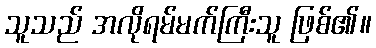
သူသည် အလိုရမ်မက်ကြီးသူ ဖြစ်၏။